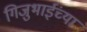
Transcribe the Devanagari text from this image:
गिजुभाईंच्या